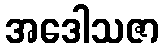
အဒေါသဇာ